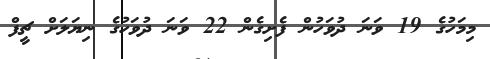
މިމަހުގެ 19 ވަނަ ދުވަހުން ފެށިގެން 22 ވަނަ ދުވަހުގެ ނިޔަލަށް ޗީފް